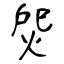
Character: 焈